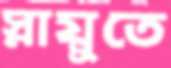
স্নায়ুতে